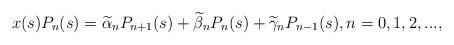
LaTeX: \begin{align*}x(s)P_n(s)=\widetilde{\alpha}_nP_{n+1}(s)+\widetilde{\beta}_nP_n(s)+\widetilde{\gamma}_nP_{n-1}(s), n=0, 1, 2, ...,\end{align*}